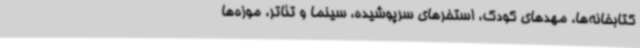
کتابخانه‌ها، مهدهای کودک، استخرهای سرپوشیده، سینما و تئاتر، موزه‌ها